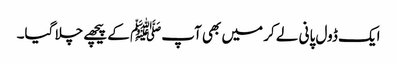
ایک ڈول پانی لے کر میں بھی آپﷺ کے پیچھے چلا گیا۔